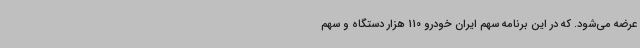
عرضه می‌شود. که در این برنامه سهم ایران خودرو 110 هزار دستگاه و سهم